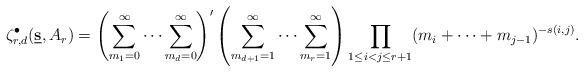
LaTeX: \begin{align*} \zeta_{r,d}^\bullet(\underbar{{\bf s}},A_r)=\left(\sum_{m_1=0}^\infty\cdots\sum_{m_d=0}^\infty\right)'\left(\sum_{m_{d+1}=1}^\infty\cdots\sum_{m_r=1}^\infty\right)\prod_{1\le i<j\le r+1}(m_i+\cdots+m_{j-1})^{-s(i,j)}.\end{align*}